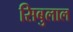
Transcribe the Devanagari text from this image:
सिबुलाल